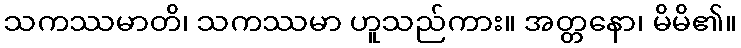
သကဿမာတိ၊ သကဿမာ ဟူသည်ကား။ အတ္တနော၊ မိမိ၏။